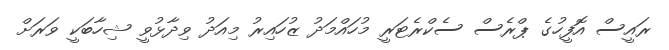
ރައީސް އޮފީހުގެ ޕްރެސް ސެކްރެޓަރީ މުހައްމަދު ޒުހައިރު މިއަދު ވިދާޅުވީ ޝިހާބަކީ ވަރަށް